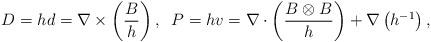
LaTeX: \begin{align*}D=h d = \nabla\times \left(\frac{B}{h}\right),\;\;P=h v = \nabla\cdot \left(\frac{B\otimes B}{h}\right) + \nabla\left(h^{-1}\right),\end{align*}